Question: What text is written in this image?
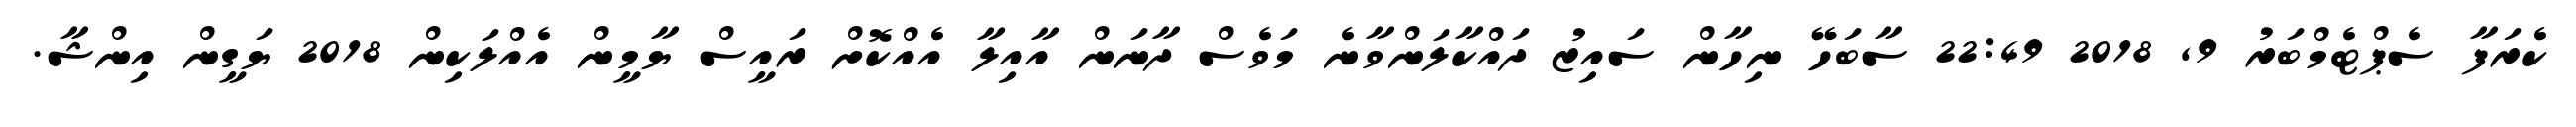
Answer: ކެރަފާ ސެޕްޓެމްބަރު 9, 2018 22:49 ސާބަހޭ ނިހާން ސައިޒު ދައްކާލަންވާނެ މަވެސް ދާނަން އާއިލާ އެއްކޮށް ރައީސް ޔާމީން އެއްލަކިން 2018 ޔަގީން އިންޝާ.